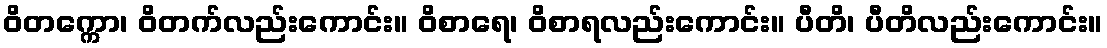
ဝိတက္ကော၊ ဝိတက်လည်းကောင်း။ ဝိစာရေ၊ ဝိစာရလည်းကောင်း။ ပီတိ၊ ပီတိလည်းကောင်း။